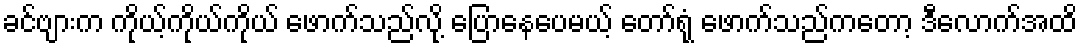
ခင်ဗျားက ကိုယ့်ကိုယ်ကိုယ် ဖောက်သည်လို့ ပြောနေပေမယ့် တော်ရုံ ဖောက်သည်ကတော့ ဒီလောက်အထိ